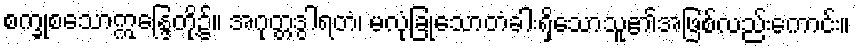
စက္ခုစသောဣန္ဒြေတို့၌။ အဂုတ္တဒွါရတံ၊ မလုံခြုံသောတံခါးရှိသောသူ၏အဖြစ်လည်းကောင်း။